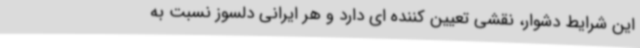
این شرایط دشوار، نقشی تعیین کننده ای دارد و هر ایرانی دلسوز نسبت به